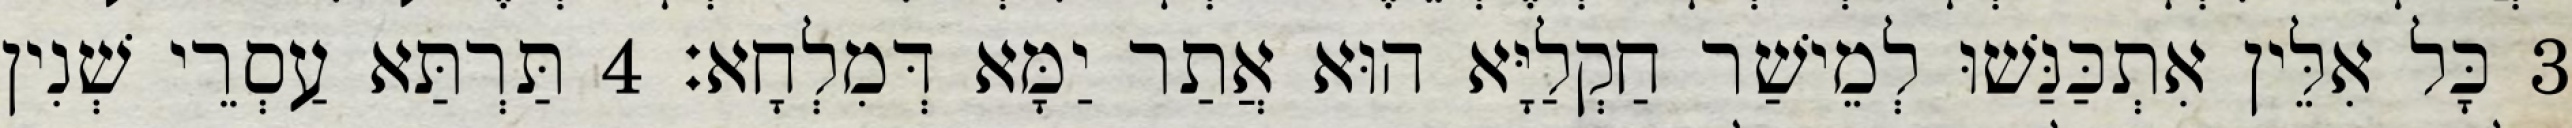
3 כָּל אִלֵּין אִתְכַּנַּשׁוּ לְמֵישַׁר חַקְלַיָּא הוּא אֲתַר יַמָּא דְּמִלְחָא׃ 4 תַּרְתַּא עַסְרֵי שְׁנִין